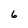
Character: 6